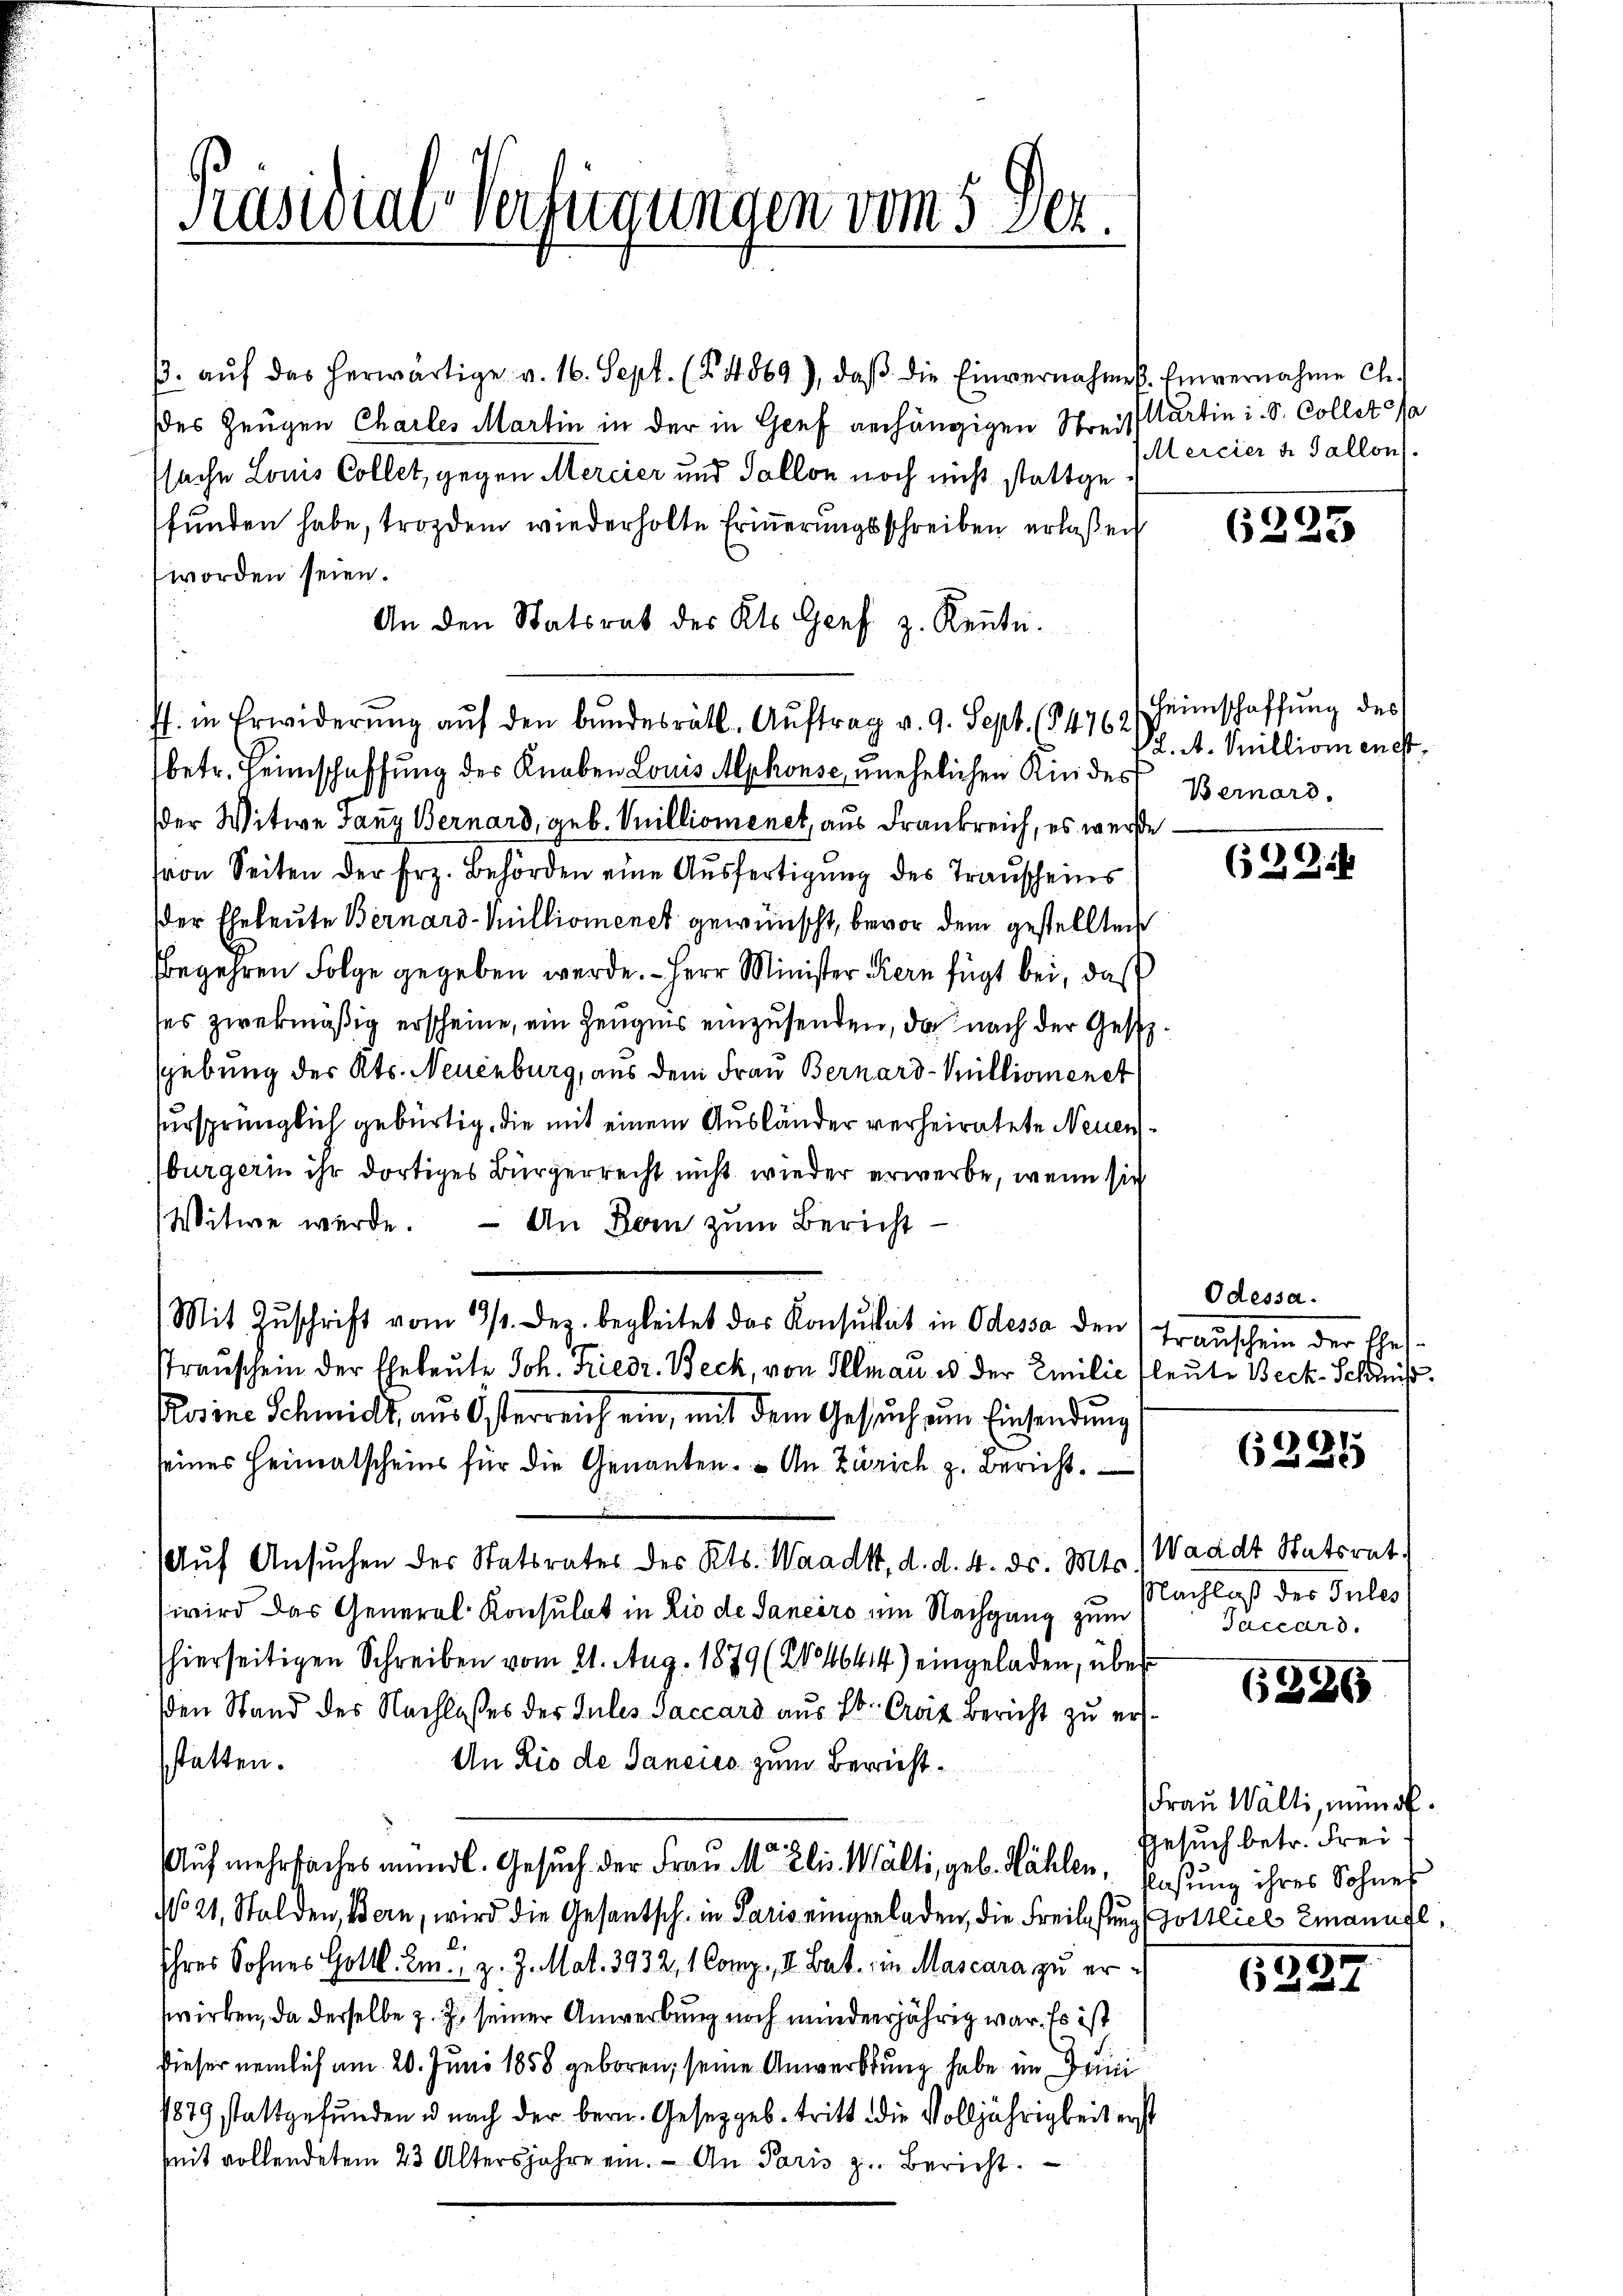
Präsidial-Verfügungen vom 5. Dez.

/3. aŭf das herwärtige v. 16. Sept. (14869), daβ die Einvernahme. Einvernahme Ch.
Des Zeugen Charles Martin in der in Genf anhängigen Streissartin i. S. Collet sa
ssache Louis Collet, gegen Mercier und Tallon noch nicht stattgefunden habe, trozdem wiederholte Erinnerungsschreiben erlaßen
worden seien.
An den Statsrat des Kts. Genf z. Rente.
betr. Heimschaffung der Knaben Louis Mphonse unehelichen Kindes Bernard-
der Witwe Ganz Bernard, geb. Vnillionenet, aus Frankreich, es werde
von Seiten der Frz. Behörden eine Ausfertigung des Trauscheins
der Eheleute Bernard-Suillionenet gewünscht, bevor dem gestellten
begehren Folge gegeben werde. – Herr Minister Kern fügt bei, daß
ses zwekmäßig erscheine, ein Zeugnis einzusenden, da nach der Gest
gebung des Kts. Neuenburg, aus dem Frau Bernard-Millionenet
ursprünglich gebürtig, die mit einem Ausländer verheiratete Neuenbürgerin ihr dortiges Bürgerrecht nicht wieder erwerbe, wenn sich
Witwe werde. — An Dein zum Bericht¬
Mit Zuschrift vom 19/4. Dez. begleitet das Konsulat in Odessa den Transchein der Ehes
rauschein der Eheleute Joh. Friedr. Beck, von Illnau u. der Emilie fleute Beck-Schmiß¬
Rosine Schmidt, aus Osterreich ein, mit dem Gesuch um Einsendung
seines Heimatscheins für die Genannten. An Zürich z. Bericht
Aŭf Ansuchen der Statsrates des Kts. Waadt, d. d. 4. ds. Mts.) Waadt Statsrat.
wird das General-Konsulat in Lio de Janeiro im Nachgang zum
hierseitigen Schreiben vom 21. Aug. 1879 (2134644) eingeladen, über
den Stand des Nachlasses der Jules Saccard aus 20. Craz Bericht zu erssstatten.
An Lio de Sancico zum Bericht¬
Auf mehrfaches mündl. Gesuch der Frau M. Elis. Wälti, geb. Kählen, Basung ihres Sohneh
N 21, Stalden, Bern, wird die Gesantsch, in Paris eingeladen, die Freilesung Gottlicl Emanufl.
Ihres Sohnes Gottl. m., z. Z. Mal. 3932, 1 Comp., II. Bat. in Mascara zu erswirken, da derselbe z. Z. seiner Anwerbung noch minderjährig war. Es ist
dieser nemlich am 20. Juni 1858 geboren, seine Anwerbung habe im Deini
1879 stattgefunden u nach der bern. Gesetzgeb- tritt die Volljährigkeit erst
seit vollendetem 23 Altersjahre ein. - An Paris zu Bericht

Is. in Erwiderŭng aŭf den bŭndesrätl. Aŭftrag v. 9. Sept. (14762 einschaffŭng des

Mercier u. Gallon

)
622

2. A. Millionenest¬

629.

Odessa.

(225

Nachlaß der Jules
Jaccars.

6226

Frau Walli, immob
Gesuch betr. Frei

6387